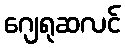
ဂျေရုဆလင်